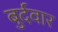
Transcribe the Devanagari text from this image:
बुर्दवार